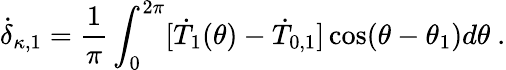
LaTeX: \dot{\delta}_{\kappa,1}=\frac{1}{\pi}\int_{0}^{2\pi}[\dot{T}_{1}(\theta)-\dot{T}_{0,1}]\cos(\theta-\theta_{1})d\theta\ .